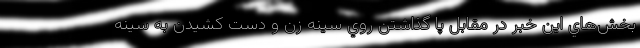
بخش‌هاي اين خبر در مقابل پا گذاشتن روي سينه زن و دست كشيدن به سينه‌